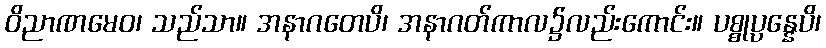
ဝိညာဏမေဝ၊ သည်သာ။ အနာဂတေပိ၊ အနာဂတ်ကာလ၌လည်းကောင်း။ ပစ္စုပ္ပန္နေပိ၊